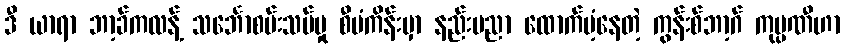
ဒီ ယာရာ ဘာ့ခ်ကလန့် သင်္ဘောစမ်းသပ်မှု စီမံကိန်းမှာ နည်းပညာ ထောက်ပံ့နေတဲ့ ကွန်းစ်ဘာ့ဂ် ကုမ္ပဏီဟာ